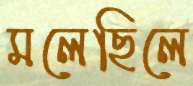
মলেছিলে